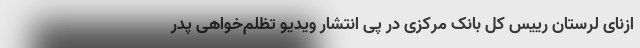
ازنای لرستان رییس کل بانک مرکزی در پی انتشار ویدیو تظلم‌خواهی پدر